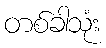
တစ်ခါသုံး